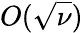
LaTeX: O(\sqrt\nu)